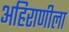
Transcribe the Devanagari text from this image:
अहिराणीला